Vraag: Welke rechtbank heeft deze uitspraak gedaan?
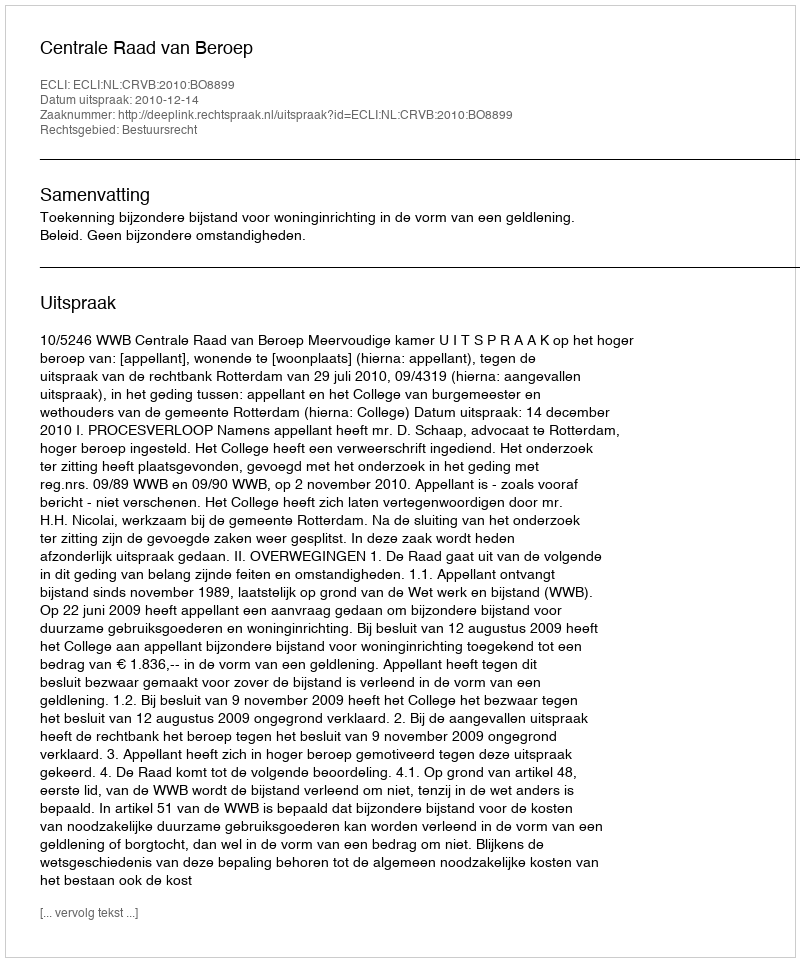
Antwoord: Centrale Raad van Beroep